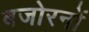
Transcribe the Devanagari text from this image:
बजोरनों